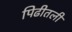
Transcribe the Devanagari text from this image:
पिढीतली